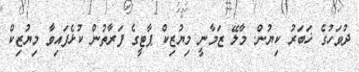
ދުވަހުގެ ޚަބަރު ކިޔުން. މާލޭ ޒަމާނީ މިޔުޒިކް ޕާޓީގެ ފަރާތުން ކުޅެފައިވާ މިޔުޒިކް